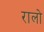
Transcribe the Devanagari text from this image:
रालो